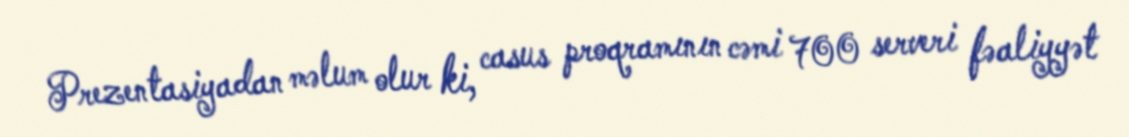
Prezentasiyadan məlum olur ki, casus proqramının cəmi 700 serveri fəaliyyət